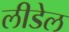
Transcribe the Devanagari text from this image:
लीडेल